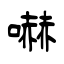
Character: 嚇